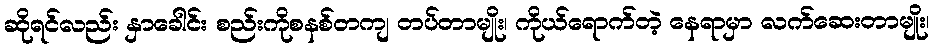
ဆိုရင်လည်း နှာခေါင်း စည်းကိုစနစ်တကျ တပ်တာမျိုး၊ ကိုယ်ရောက်တဲ့ နေရာမှာ လက်ဆေးတာမျိုး၊